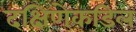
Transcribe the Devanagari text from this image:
दक्षिणेकडिल